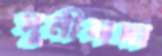
সুনীলদা